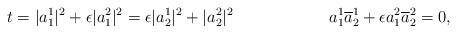
LaTeX: \begin{align*}&t=|a^1_1|^2+\epsilon|a^2_1|^2=\epsilon|a^1_2|^2+|a^2_2|^2 & &&a^1_1\overline{a}^1_2+\epsilon a^2_1\overline{a}^2_2=0,\end{align*}